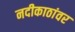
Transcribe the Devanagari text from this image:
नदीकाठांवर